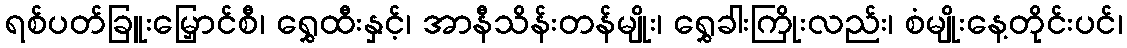
ရစ်ပတ်ခြူးမြှောင်စီ၊ ရွှေထီးနှင့်၊ အာနီသိန်းတန်မျိုး၊ ရွှေခါးကြိုးလည်း၊ စံမျိုးနေ့တိုင်းပင်၊